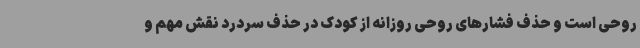
روحی است و حذف فشارهای روحی روزانه از کودک در حذف سردرد نقش مهم و